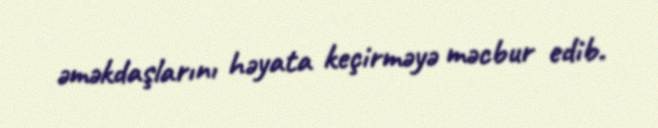
əməkdaşlarını həyata keçirməyə məcbur edib.